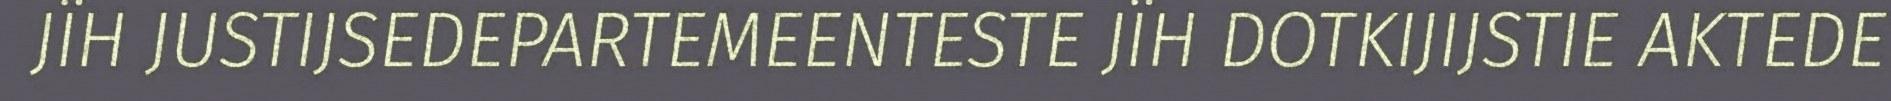
JÏH JUSTIJSEDEPARTEMEENTESTE JÏH DOTKIJIJSTIE AKTEDE